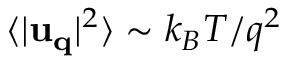
\langle | { \bf u } _ { \bf q } | ^ { 2 } \rangle \sim k _ { B } T / q ^ { 2 }